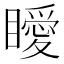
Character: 瞹